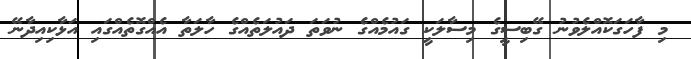
މި ފާހަގަކޮއްލެވުނު ގޭބިސީގެ މިސާލަކީ ގައުމެއްގެ ނުވަތަ ދައުލަތެއްގެ ހާލަތާ އެއްގޮތެއްގައި އަޅާކިއިދާނޭ